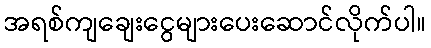
အရစ်ကျချေးငွေများပေးဆောင်လိုက်ပါ။